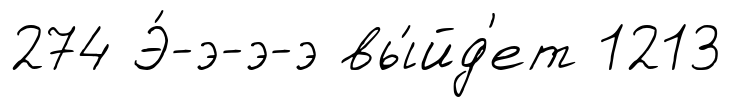
274 Э́-э-э-э вы́йд'ет 1213